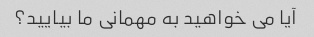
آیا می خواهید به مهمانی ما بیایید؟